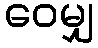
ဝေမျှ